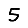
Digit: 5